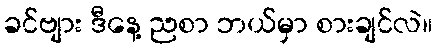
ခင်ဗျား ဒီနေ့ ညစာ ဘယ်မှာ စားချင်လဲ။